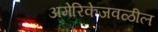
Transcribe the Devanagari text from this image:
अमेरिकेजवळील